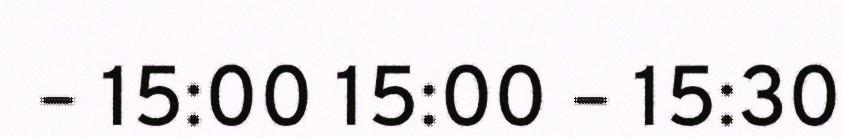
– 15:00 15:00 – 15:30